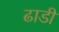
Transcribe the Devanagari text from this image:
ढाडी